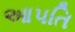
આપતિ